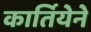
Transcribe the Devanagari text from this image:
कार्तियेने